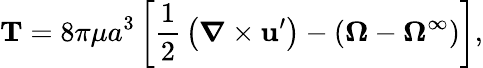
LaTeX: \mathbf{T}=8\pi\mu a^{3}\left[{\frac{1}{2}}\left({\boldsymbol{\nabla}}\times\mathbf{u}^{\prime}\right)-(\mathbf{\Omega}-\mathbf{\Omega}^{\infty})\right],